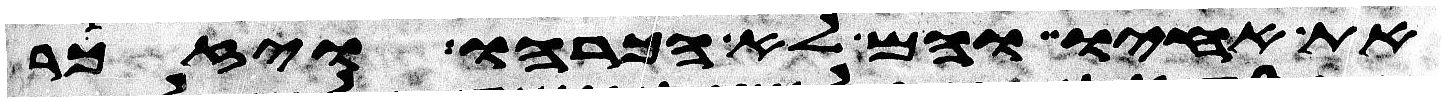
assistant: את אחיו והם לא הכרהו ויזכר